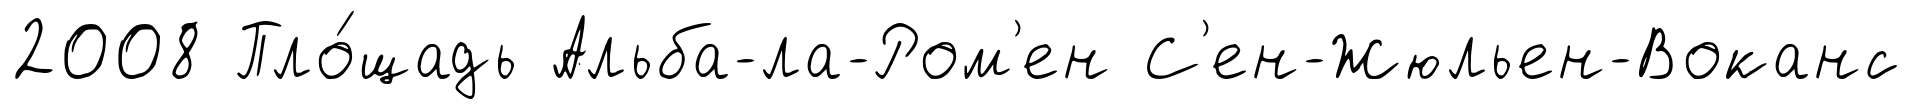
2008 Пло́щадь Альба-ла-Ром'ен С'ен-Жюльен-Воканс